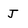
Character: J